Newspaper: The Idaho world. [volume]
Place of publication: Idaho City, Idaho Territory
Publisher: I.H. Bowman & Co.
Date: 1865-02-18 00:00:00
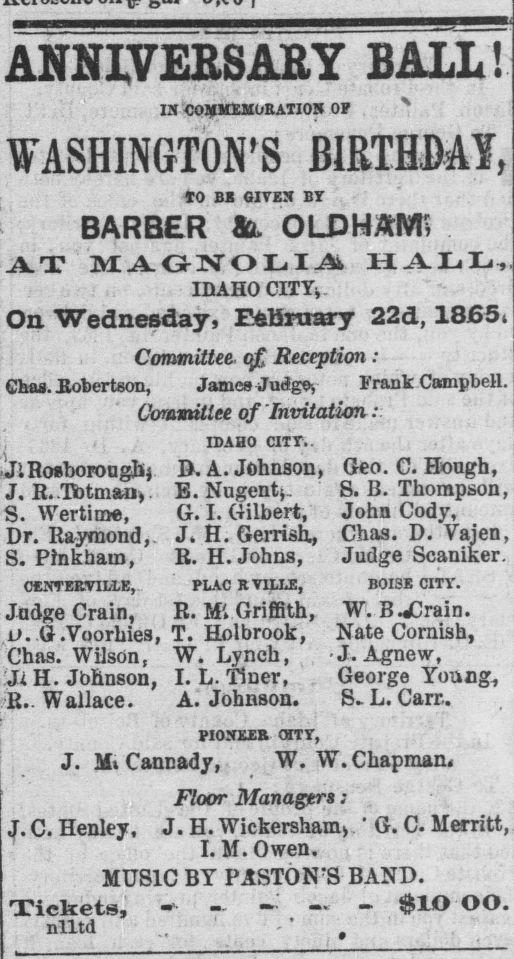
Advertisement text (OCR):
ANNIVERSARY BALL! IX COMMEMORATION OF " WASHINGTON'S BIRTHDAY, TO BB GIVEN BY BARBER & OLDHAMS AT MAGNOLIA HALL, IDAHO CITY, On Wednesday, EfcErcrary 22d, 1865 Committee Reception : Chas. Robertson, James Judge-, Frank Campbell. Coramitlee of Invitation : IDAHO CITY. JiRosboroughj D. A. Johnson, J. R. Tfetman, E. Nugent*. S. Wertime, G. I. Gilbert, Dr. Raymond, J. H. Gerrish., S. Pînkham, R. H. Johns, CENTERVILLE, PLAC R VILLE, Judge Crain, R. Mi Griffith, o. G.Voorhies, T. Holbrook, Chas. Wilson, W. Lynch, Ji H. Jbhnson, I. L. Tiner, R.. Wallace. A. Johnson. Geo. C. Hough, S. B. Thompson, John Cody, Chas. D. Vajen, Judge Scaniker. BOISE CITY. W. B ./Drain. Nate Cornish, J. Agnew, George Young, S. L. Carr. PIONEER (STY, J. Ml Cancady, W. W. Chapman. Floor Managers : J. C. Henley, J. H. Wickersham> ' G. C. Merritt, I. M. Owen. MUSIC BY PASTON'S BAND. Tickets, - — — - $1® OO. nlltd #
Label: text-only